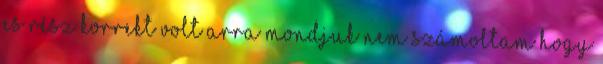
es rész korrekt volt arra mondjuk nem számoltam hogy